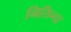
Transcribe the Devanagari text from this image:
निसिन्दा